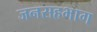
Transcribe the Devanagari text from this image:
जनसहभाग